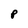
Character: P